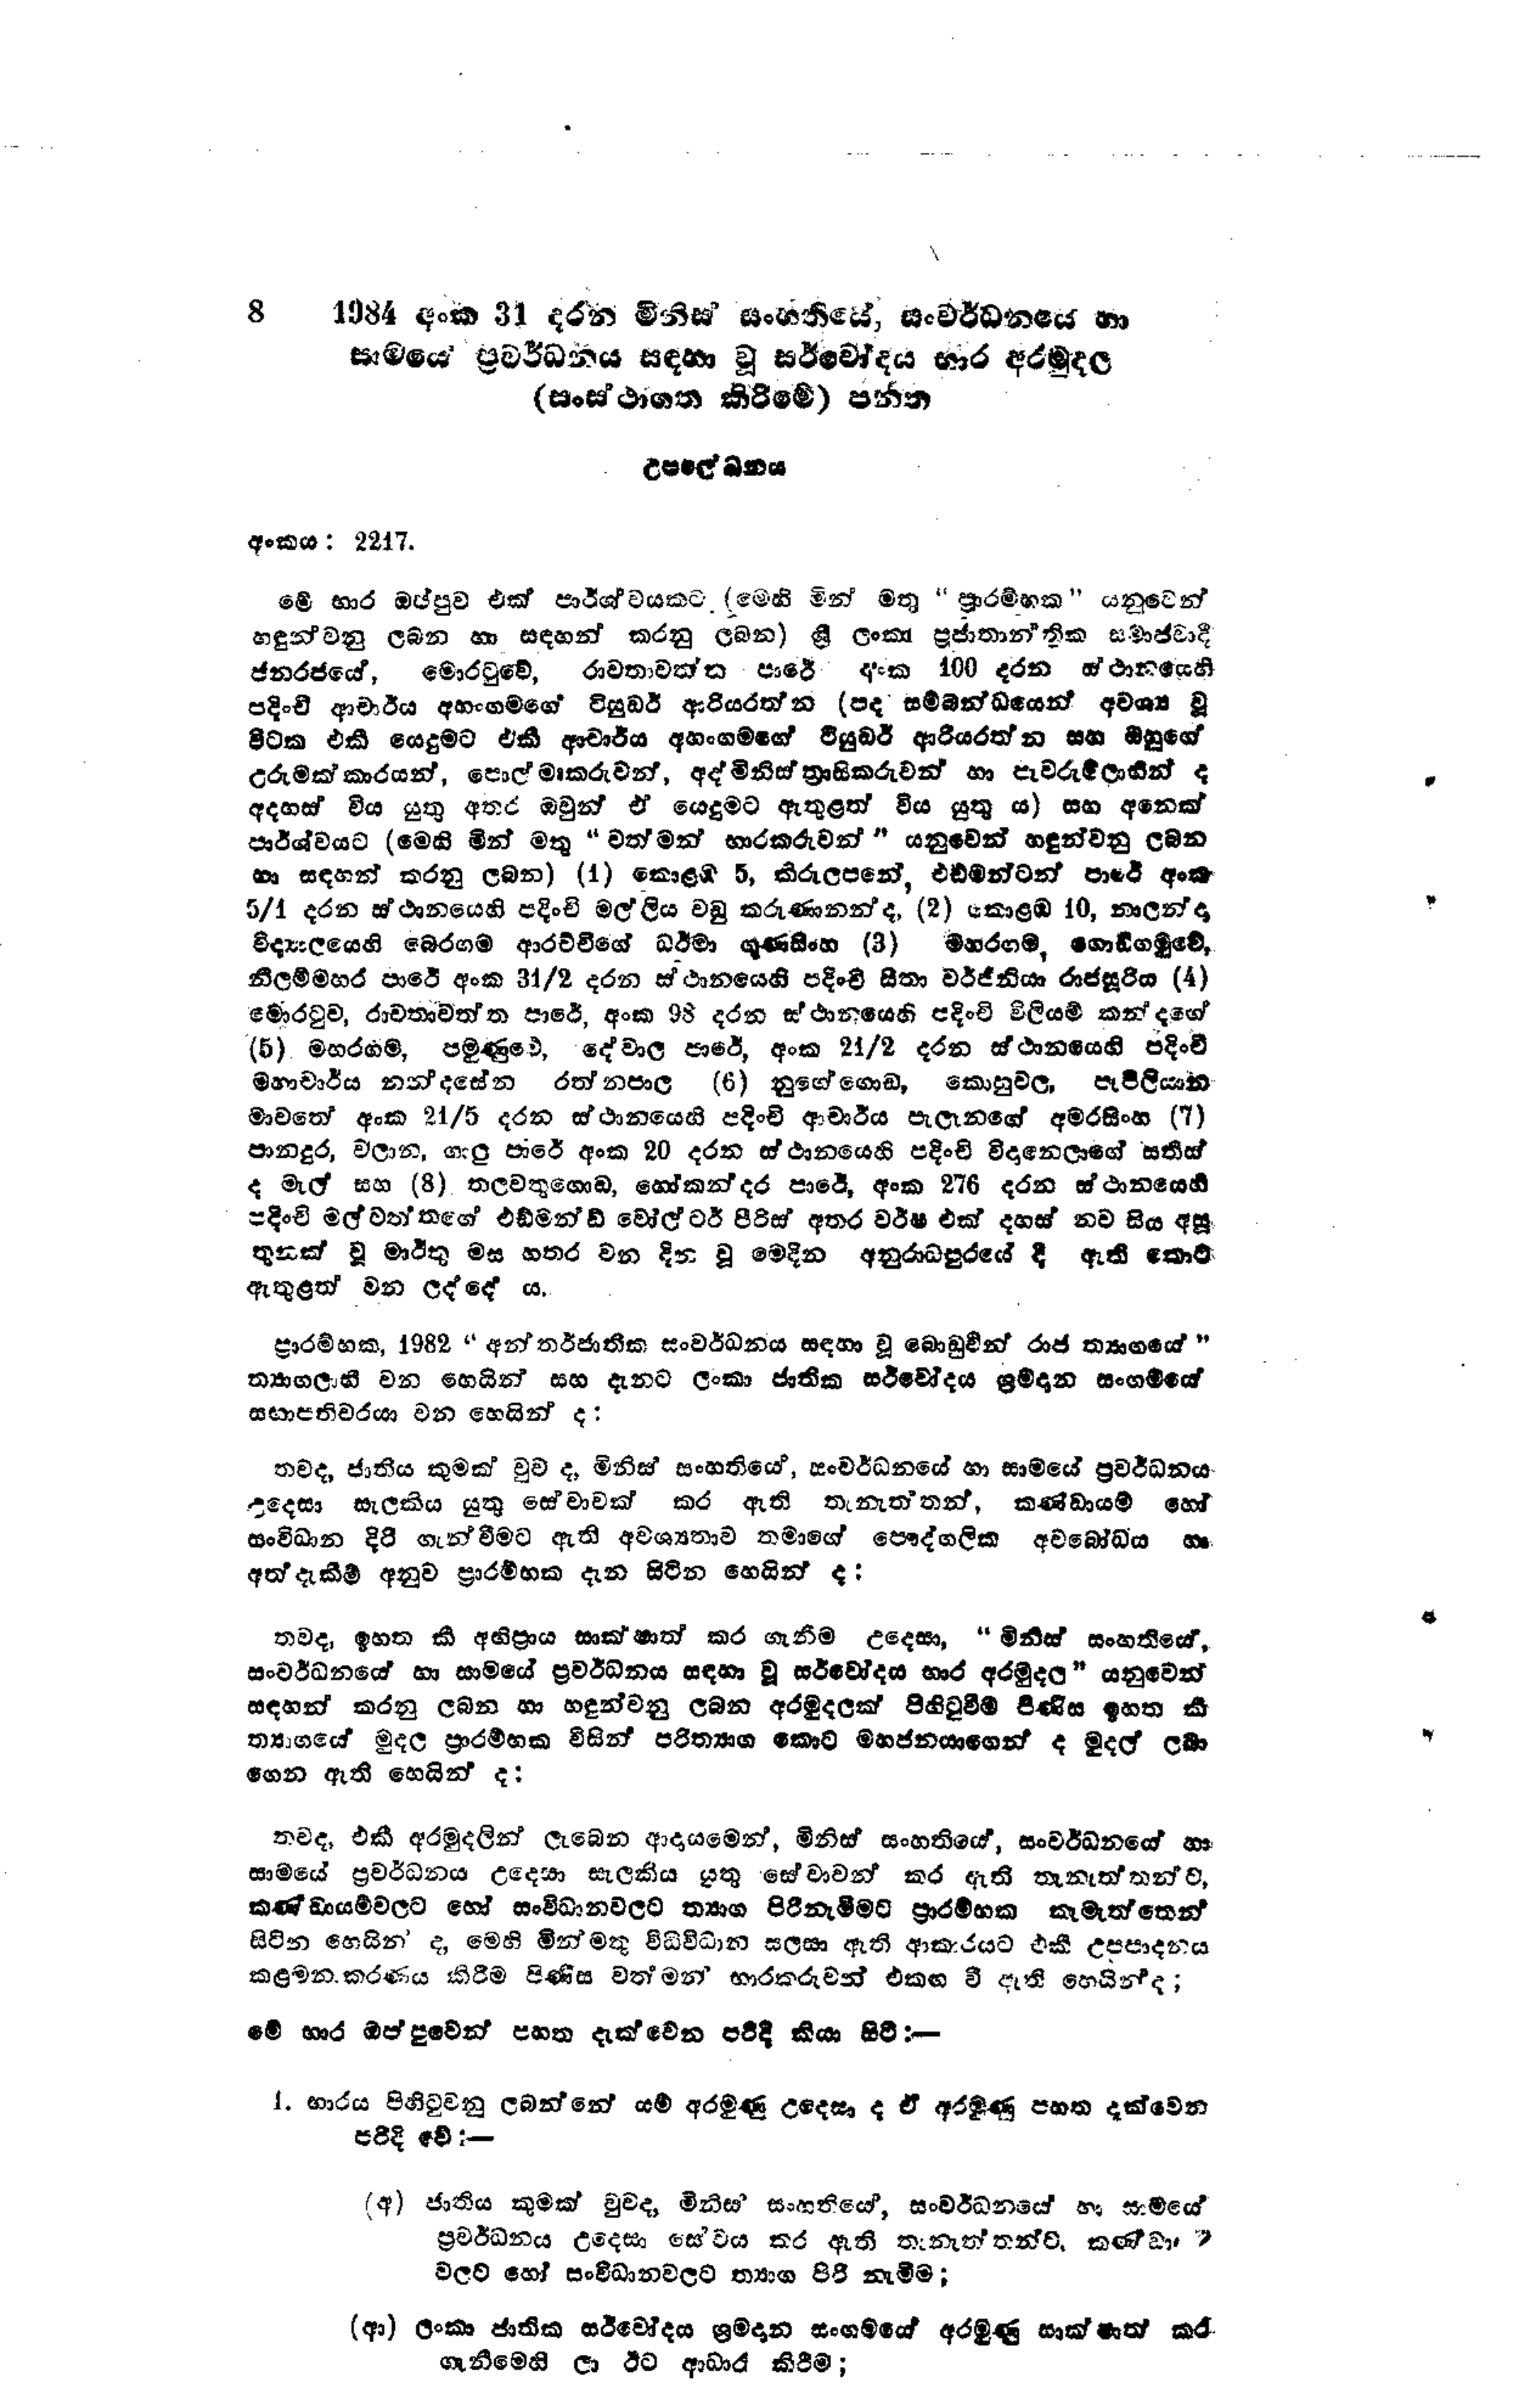
8 1984 අංක 31 දරන මිනිස් සංහතියේ, සංවර්ධනයේ හා
සාමයේ ප්‍රවර්ධනය සඳහා වූ සර්වෝදය භාර අරමුදල
(සංස්ථාගත කිරීමේ) පනත

උපලේඛනය

අංකය : 2217

මේ භාර ඔප්පුව එක් පාර්ශවයකට (මෙහි මින් මතු "ප්‍රාරම්භක" යනුවෙන්
හඳුන්වනු ලබන හා සඳහන් කරනු ලබන) ශ්‍රී ලංකා ප්‍රජාතාන්ත්‍රික සමාජවාදී
ජනරජයේ, මොරටුවේ, රාවතාවත්ත පාරේ අංක 100 දරන ස්ථානයෙහි
පදිංචි ආචාර්ය අහංගමගේ ටියුඩර් ආරියරත්න (පද සම්බන්ධයෙන් අවශ්‍ය වූ
විටක එකී යෙදුමට එකී අචාර්ය අහංගමගේ ටියුඩර් ආරියරත්න සහ ඔහුගේ
උරුමක්කාරයන්, පොල් මෘකරුවන්, අද් මිනිස් ත්‍රාසිකරුවන් හා පැවරුම්ලාභීන් ද
අදහස් විය යුතු අතර ඔවුන් ඒ යෙදුමට ඇතුළත් විය යුතු ය) සහ අනෙක්
පාර්ශ්වයට (මෙහි මින් මතු "වත්මන් භාරකරුවන් " යනුවෙන් හඳුන්වනු ලබන
හා සඳහන් කරනු ලබන) (4) කොළඹ 5, කිරුලපනේ, එඩ්මන්ටන් පාරේ අංක
5/1 දරන ස්ථානයෙහි පදිංචි මල්ලිය වඩු කරුණානන්ද, (2) කොළඹ 10, නාලන්දා
විද්‍යාලයෙහි බෙරගම ආරච්චිගේ ධර්මා ගුණසිංහ (3) මහරගම, ගොඩිගමුවේ,
නීලම්මහර පාරේ අංක 31/2 දරන ස්ථානයෙහි පදිංචි සීතා වර්ජිනියා රාජසූරිය (4)
මොරටුව, රාවතාවත්ත පාරේ, අංක 98 දරන ස්ථානයෙහි පදිංචි විලියම් කන්දගේ
(5) මහරගම, පමුණුවේ, දේවාල පාරේ, අංක 21/2 දරන ස්ථානයෙහි පදිංචි
මහාචාර්ය නන්දසේන රත්නපාල (6) නුගේගොඩ, කොහුවල, පැපිලියාන
මාවතේ අංක 21/5 දරන ස්ථානයෙහි පදිංචි ආචාර්ය පැලැනගේ අමරසිංහ (7)
පානදුර, වලාන, ගාලු පාරේ අංක 20 දරන ස්ථානයෙහි පදිංචි විදානෙලාගේ සතිස්
ද මැල් සහ (8) තලවතුගොඩ, හෝකන්දර පාරේ, අංක 276 දරන ස්ථානයෙහි
පදිංචි මල් වත්තගේ එඩ්මන්ඩ් වෝල්ටර් පීරිස් අතර වර්ෂ එක් දහස් නව සිය අසූ
තුනක් වූ මාර්තු මස හතර වන දින වූ මෙදින අනුරාධපුරයේ දී ඇති කොට
ඇතුළත් වන ලද්දේ ය.

ප්‍රාරම්භක, 1982 "අන්තර් ජාතික සංවර්ධනය සඳහා වූ බොඩුවින් රාජ ත්‍යාගයේ"
ත්‍යාගලාභී වන හෙයින් සහ දැනට ලංකා ජාතික සර්වෝදය ශ්‍රමදාන සංගමයේ
සභාපතිවරයා වන හෙයින් ද:

තවද, ජාතිය කුමක් වුව ද, මිනිස් සංහතියේ, සංවර්ධනයේ හා සාමයේ ප්‍රවර්ධනය
උදෙසා සැලකිය යුතු සේවාවක් කර ඇති තැනැත්තන්, කණ්ඩායම් හෝ
සංවිධාන දිරි ගැන්වීමට ඇති අවශ්‍යතාව තමාගේ පෞද්ගලික අවබෝධය හා
අත් දැකීම් අනුව ප්‍රාරම්භක දැන සිටින හෙයින් ද:

තවද, ඉහත කී අභිප්‍රාය සාක්ෂාත් කර ගැනීම උදෙසා, "මිනිස් සංහතියේ,
සංවර්ධනයේ හා සාමයේ ප්‍රවර්ධනය සඳහා වූ සර්වෝදය භාර අරමුදල" යනුවෙන්
සඳහන් කරනු ලබන හා හඳුන්වනු ලබන අරමුදලක් පිහිටුවීම් පිණිස ඉහත කී
ත්‍යාගයේ මුදල ප්‍රාරම්භක විසින් පරිත්‍යාග කොට මහජනයාගෙන් ද මුදල් ලබා
ගෙන ඇති හෙයින්  ද:

තවද, එකී අරමුදලින් ලැබෙන ආදායමෙන්, මිනිස් සංහතියේ, සංවර්ධනයේ හා
සාමයේ ප්‍රවර්ධනය උදෙසා සැලකිය යුතු සේවාවන් කර ඇති තැනැත්තන්ට,
කණ්ඩායම්වලට හෝ සංවිධානවලට ත්‍යාග පිරිනැමීමට ප්‍රාරම්භක කැමැත්තෙන්
සිටින හෙයින් ද, මෙහි මින් මතු විධිවිධාන සලසා ඇති ආකාරයට එකී උපපාදනය
කළමනාකරණය කිරීම පිණිස වත්මන් භාරකරුවන් එකඟ වී ඇති හෙයින්ද;

මේ භාර ඔප්පුවෙන් පහත දැක්වෙන පරිදි කියා සිටී :-

1. භාරය පිහිටුවනු ලබන්නේ යම් අරමුණු උදෙසා ද ඒ අරමුණු පහත දැක්වෙන
පරිදි වේ:-

(අ) ජාතිය කුමක් වුවද, මිනිස සංහතියේ, සංවර්ධනයේ හා සාමයේ
ප්‍රවර්ධනය උදෙසා සේවය කර ඇති තැනැත්තන්ට, කණ්ඩායම්
වලට හෝ සංවිධාන වලට ත්‍යාග පිරි නැමීම;

(ආ) ලංකා ජාතික සර්වෝදය ශ්‍රමදාන සංගමයේ අරමුණු සාක්ෂාත් කර
ගැනීමෙහි ලා ඊට ආධාර කිරීම;